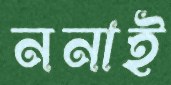
ননাই